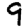
Digit: 9